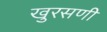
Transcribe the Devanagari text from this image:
खुरसणी